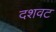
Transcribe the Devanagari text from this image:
दशवट